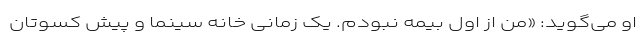
او می‌گوید: «من از اول بیمه نبودم. یک زمانی خانه سینما و پیش کسوتان